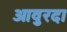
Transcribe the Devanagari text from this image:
आवुरदा